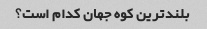
بلندترین کوه جهان کدام است؟